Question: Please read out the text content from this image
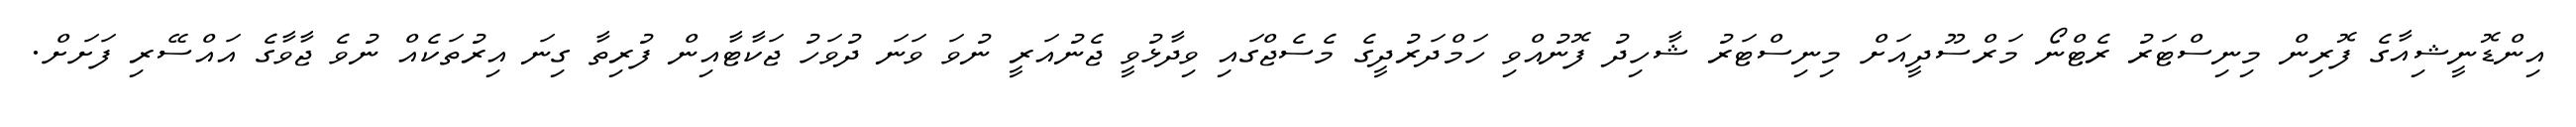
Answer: އިންޑޮނީޝިއާގެ ފޮރިން މިނިސްޓަރު ރެޓްނޯ މަރްސޫދީއަށް މިނިސްޓަރު ޝާހިދު ފޮނުއްވި ހަމްދަރުދީގެ މެސެޖްގައި ވިދާޅުވީ ޖެނުއަރީ ނުވަ ވަނަ ދުވަހު ޖަކާޓާއިން ފުރިތާ ގިނަ އިރުތަކެއް ނުވެ ޖާވާގެ އައްސޭރި ފަށަށް.